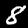
Digit: 8